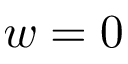
w = 0